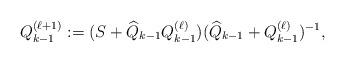
LaTeX: \begin{align*}{Q}_{k-1}^{(\ell+1)}&:={(S+\widehat{Q}_{k-1}{Q}_{k-1}^{(\ell)})}{(\widehat{Q}_{k-1}+{Q}_{k-1}^{(\ell)})^{-1}},\end{align*}